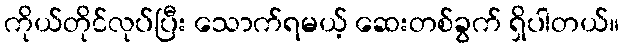
ကိုယ်တိုင်လုပ်ပြီး သောက်ရမယ့် ဆေးတစ်ခွက် ရှိပါတယ်။